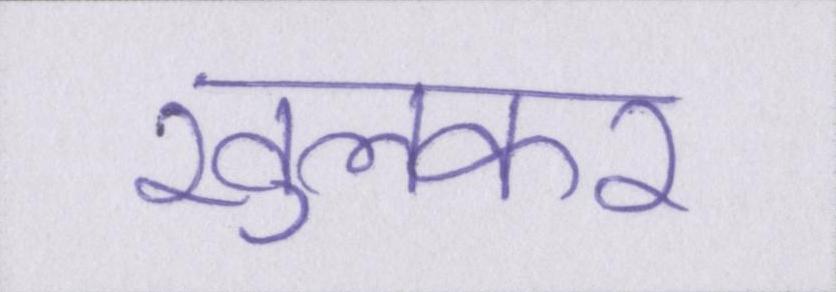
खुलकर